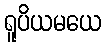
ရူပိယမယေ